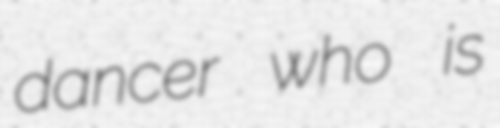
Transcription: dancer who is